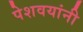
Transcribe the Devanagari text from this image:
पेशवयांनी